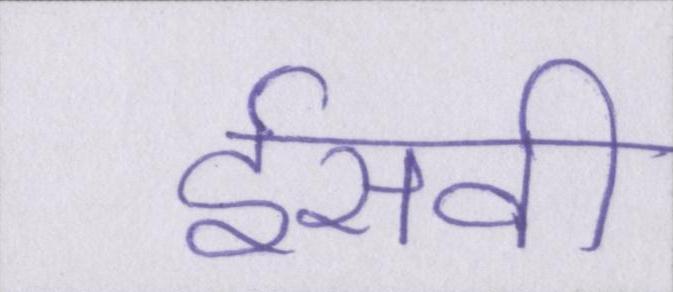
ईसवी